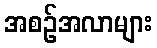
အစဉ်အလာများ